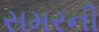
સમરની